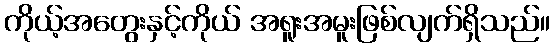
ကိုယ့်အတွေးနှင့်ကိုယ် အရူးအမူးဖြစ်လျက်ရှိသည်။